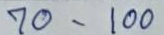
70 - 100